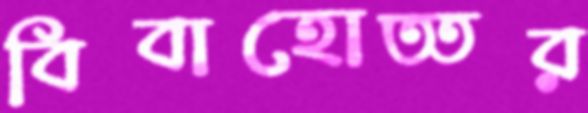
বিবাহোত্তর